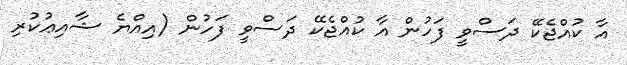
އާ ކުއްޖެކޭ ދަސްވީ ފަހުން އާ ކުއްޖެކޭ ދަސްވީ ފަހުން (އިއްޔެ ޝާއިޢުކުރި